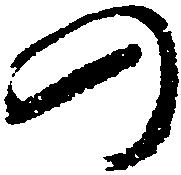
の